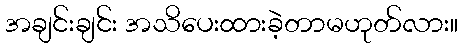
အချင်းချင်း အသိပေးထားခဲ့တာမဟုတ်လား။